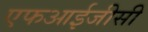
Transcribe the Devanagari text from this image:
एफआईजीसी